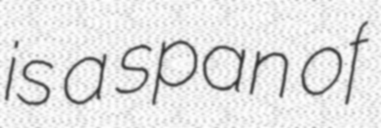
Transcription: is a span of